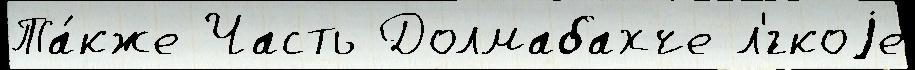
Та́кже Часть Долмабахче л'́гкоjе